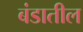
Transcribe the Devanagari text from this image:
बंडातील